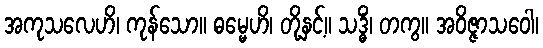
အကုသလေဟိ၊ ကုန်သော။ ဓမ္မေဟိ၊ တို့နှင့်။ သဒ္ဓိံ၊ တကွ။ အဝိဇ္ဇာသဝေါ၊